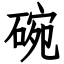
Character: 碗